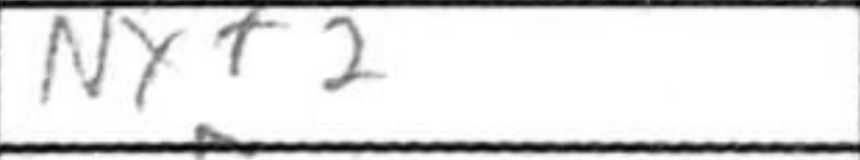
Transcription: Nxf2